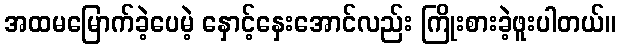
အထမမြောက်ခဲ့ပေမဲ့ နှောင့်နှေးအောင်လည်း ကြိုးစားခဲ့ဖူးပါတယ်။